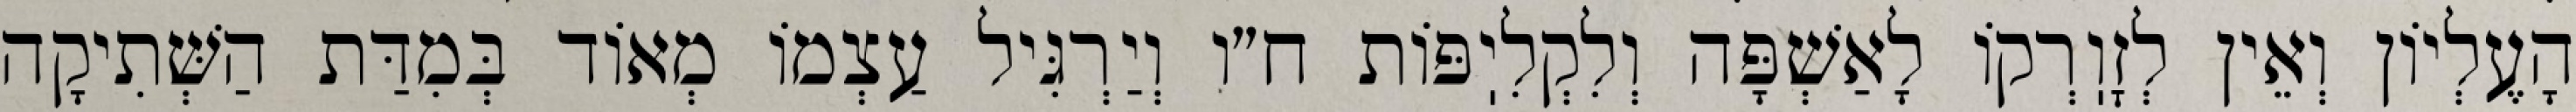
הָעֶלְיוֹן וְאֵין לְזׇוֽרְקוֹ לָאַשְׁפָּה וְלִקְלִיֽפּוֹת ח״ו וְיַרְגִּיל עַצְמוֹ מְאוֹד בְּמִדַּת הַשְּׁתִיקָה